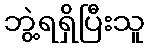
ဘွဲ့ရရှိပြီးသူ